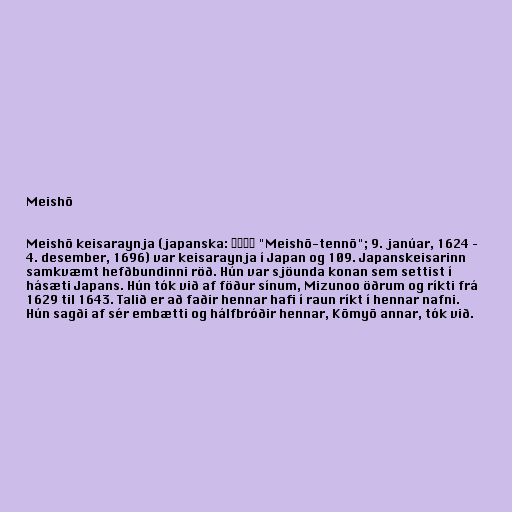
Meishō

Meishō keisaraynja (japanska: 明正天皇 "Meishō-tennō"; 9. janúar, 1624 –
4. desember, 1696) var keisaraynja í Japan og 109. Japanskeisarinn
samkvæmt hefðbundinni röð. Hún var sjöunda konan sem settist í
hásæti Japans. Hún tók við af föður sínum, Mizunoo öðrum og ríkti frá
1629 til 1643. Talið er að faðir hennar hafi í raun ríkt í hennar nafni.
Hún sagði af sér embætti og hálfbróðir hennar, Kōmyō annar, tók við.